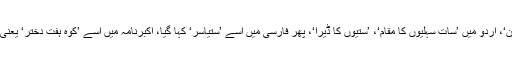
سندھی میں اسے ’ستین جو آستھان‘، اردو میں ’سات سہلیوں کا مقام‘، ’ستیوں کا ڈیرا‘، پھر فارسی میں اسے ’ستیاسر‘ کہا گیا، اکبرنامہ میں اسے ’کوہِ ہفت دختر‘ یعنی سات بیٹیوں کا پہاڑ کہا گیا ہے۔